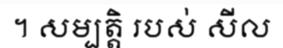
។ សម្បត្តិ របស់ សីល